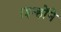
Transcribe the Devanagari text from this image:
।इन्हाेंने